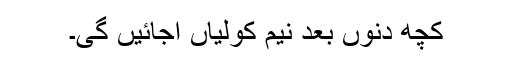
کچھ دنوں بعد نیم کولیاں آجائیں گی۔